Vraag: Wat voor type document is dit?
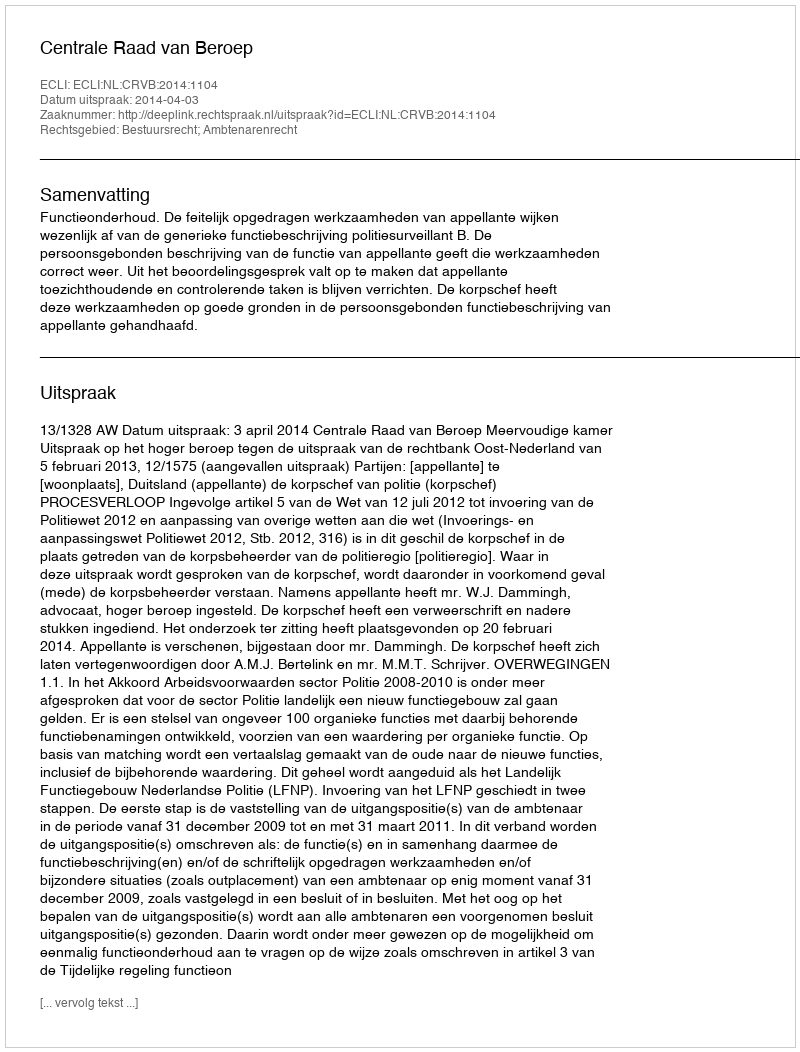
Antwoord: Uitspraak